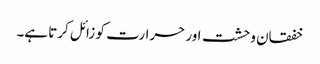
خفقان وحشت اور حرارت کو زائل کرتا ہے۔